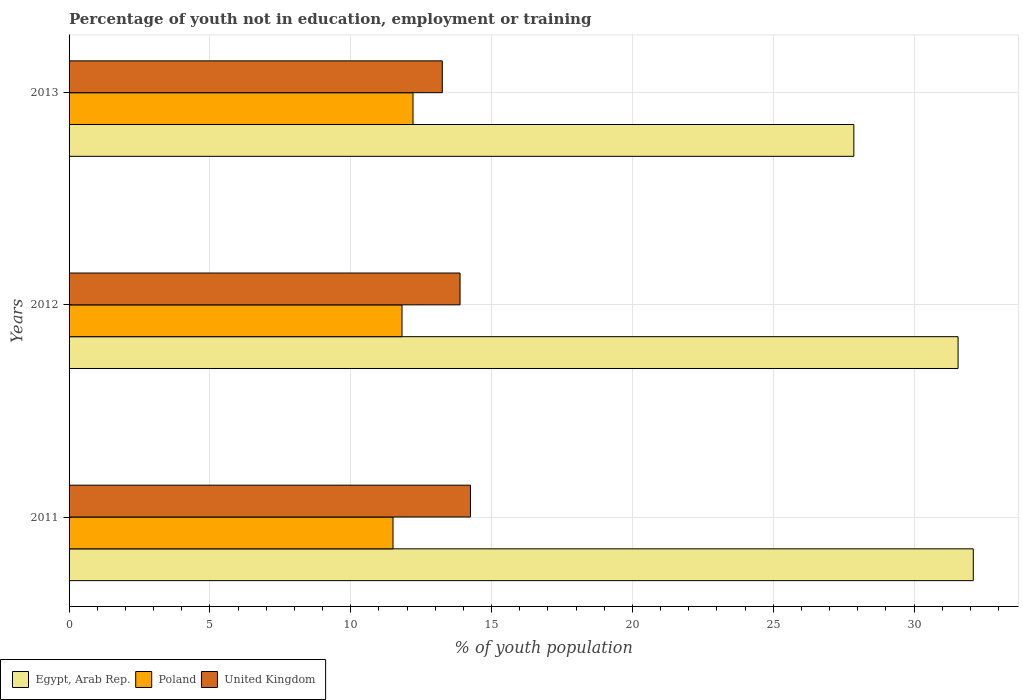
| Years | Egypt, Arab Rep. | Poland | United Kingdom |
 | --- | --- | --- | --- |
 | 2011 | 32.1 | 11.5 | 14.2 |
 | 2012 | 31.6 | 11.8 | 13.9 |
 | 2013 | 27.9 | 12.2 | 13.2 |